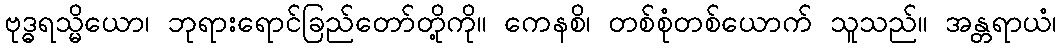
ဗုဒ္ဓရသ္မိယော၊ ဘုရားရောင်ခြည်တော်တို့ကို။ ကေနစိ၊ တစ်စုံတစ်ယောက် သူသည်။ အန္တရာယံ၊